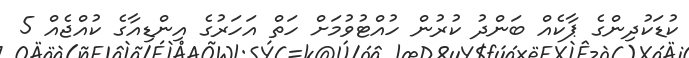
ކުޑަކުދިންގެ ޕާކެއް ބަންދު ކުރުން ހުއްޓުވުމަށް ހަތް އަހަރުގެ އިންޑިއާގެ ކުއްޖެއް 5